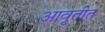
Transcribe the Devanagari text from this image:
आवृतीत